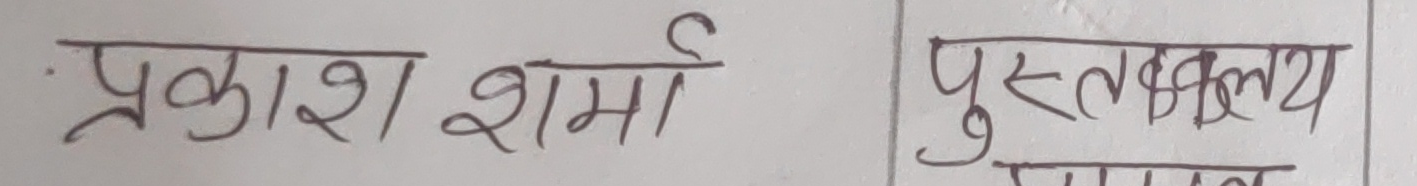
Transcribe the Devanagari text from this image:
प्रकाश शर्मा पुस्तकालय